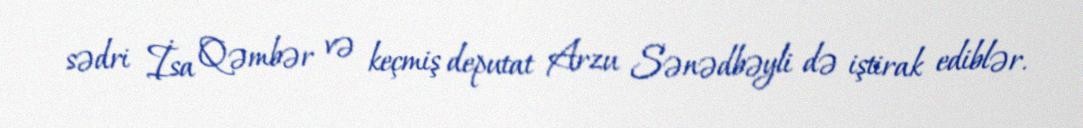
sədri İsa Qəmbər və keçmiş deputat Arzu Sənədbəyli də iştirak ediblər.